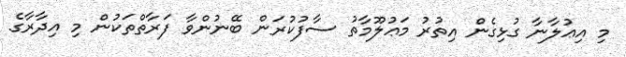
މި އިޢުލާނާ ގުޅިގެން އިތުރު މަޢުލޫމާތު ސާފުކުރަން ބޭނުންވާ ފަރާތްތަކުން މި އިދާރާގެ